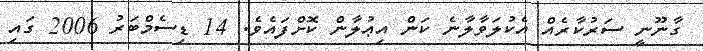
ގާނޫނީ ސަރުކާރެއް އެކުލަވާލާނެ ކަން އިޢުލާން ކޮށްފައެވެ. 14 ޑިސެމްބަރު 2006 ގައި